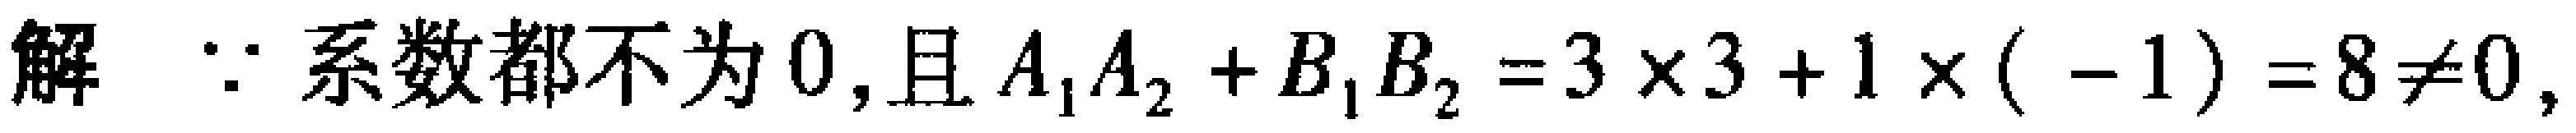
解：\(\because\)系数都不为\(0\)，且\(A_{1}A_{2} + B_{1}B_{2} = 3\times3 + 1\times( - 1) = 8\neq0\)，